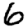
Digit: 6